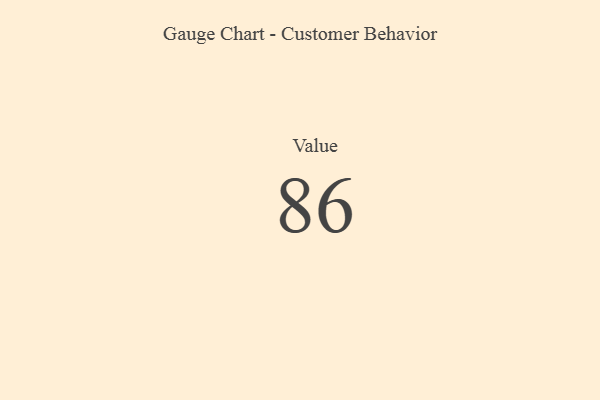
{"axis": {"x": "Metric", "y": "Value"}, "legend": [""], "data": [{"x": "Value", "y": 86, "type": ""}]}